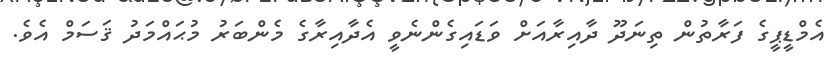
އެމްޑީޕީގެ ފަރާތުން ތިނަދޫ ދާއިރާއަށް ވަޑައިގެންނެވީ އެދާއިރާގެ މެންބަރު މުޙައްމަދު ޤަސަމް އެވެ.